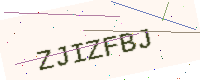
Text: ZJIZFBJ